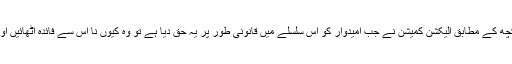
جیب کے نشان پر انتخاب لڑنے والے امیدوار اس حوالے سے مختلف رائے رکھتے ہیں کچھ کے مطابق الیکشن کمیشن نے جب امیدوار کو اس سلسلے میں قانونی طور پر یہ حق دیا ہے تو وہ کیوں نا اس سے فائدہ اٹھائیں اور جیب ایک چھا نشان ہے اس لیے انھوں نے اس کو ترجیح بنیادوں پر لینے کا فیصلہ کیا۔